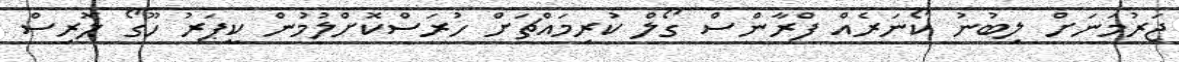
ޖަރުމަނަށް ލިބުނު ކޯނަރެއް ފްރާންސް ގޯލް ކުރިމައްޗަށް ހުރަސްކޮށްލުމުން ކީޕަރު ހޫގޯ ލޮރިސް